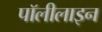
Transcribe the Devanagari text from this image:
पॉलीलाइन